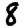
Digit: 8